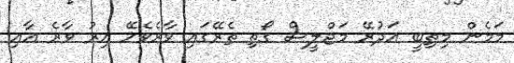
މަމެން މިތިބީ އަދުރޭ މަޖްލީސް ގޯތި ތެރޭގައި ވާރެވެހޭ އިރު ވާރެ އާއި